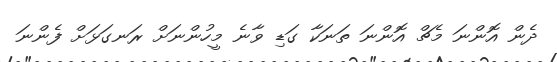
ދެން އޮންނަ މެޗް އޮންނަ ތަނަކާ ގަޑި ވާނެ މީހުންނަށް ރަނގަޅަށް ފެންނަ